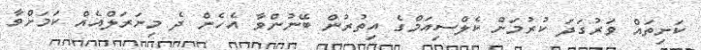
ކަށިތައް ވަރުގަދަ ކުރުމަށް ކެލްސިއަމްގެ އިތުރުން ބޭނުންވާ އެހެން ދެ މިނަރަލްއެއް ކަމަށްވާ